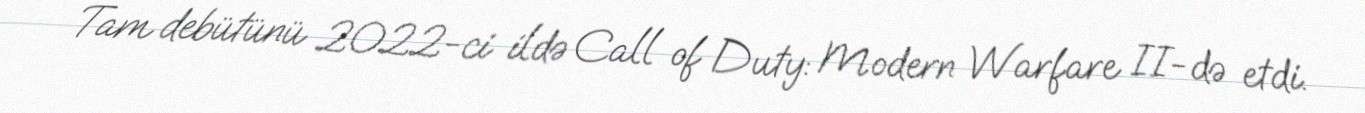
Tam debütünü 2022-ci ildə Call of Duty: Modern Warfare II-də etdi.